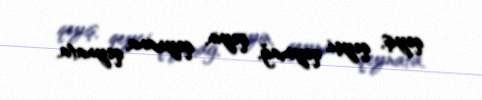
qeyiş, qeyçi, qeymağ, qeyin, qeynana, qeynata.